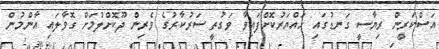
އަސްކަރީން ރިޔާސީ ގަނޑުގައި ހައްޔަރުކޮށްފައިވާ ވަގުތީ ސަރުކާރުގެ ވެރިން ދޫކޮށްލުމަށް ގޮވާލައި އާންމުން